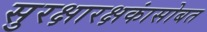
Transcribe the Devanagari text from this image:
सुरक्षारक्षकांसोबत